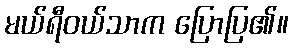
မယ်ရီဝယ်သာက ပြောပြ၏။